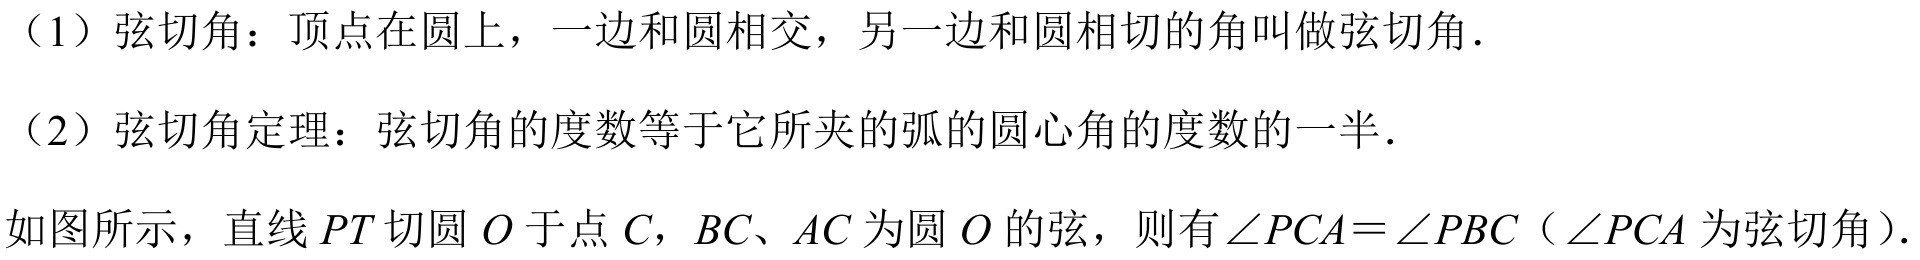
（1）弦切角：顶点在圆上，一边和圆相交，另一边和圆相切的角叫做弦切角.
（2）弦切角定理：弦切角的度数等于它所夹的弧的圆心角的度数的一半.
如图所示，直线\(PT\)切圆\(O\)于点\(C\)，\(BC\)、\(AC\)为圆\(O\)的弦，则有\(\angle PCA=\angle PBC\)（\(\angle PCA\)为弦切角）.